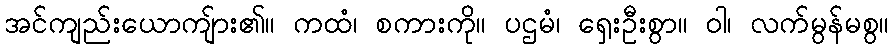
အင်ကျည်းယောကျ်ား၏။ ကထံ၊ စကားကို။ ပဌမံ၊ ရှေးဦးစွာ။ ဝါ၊ လက်မွန်မစွ။